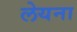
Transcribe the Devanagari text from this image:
लेयना